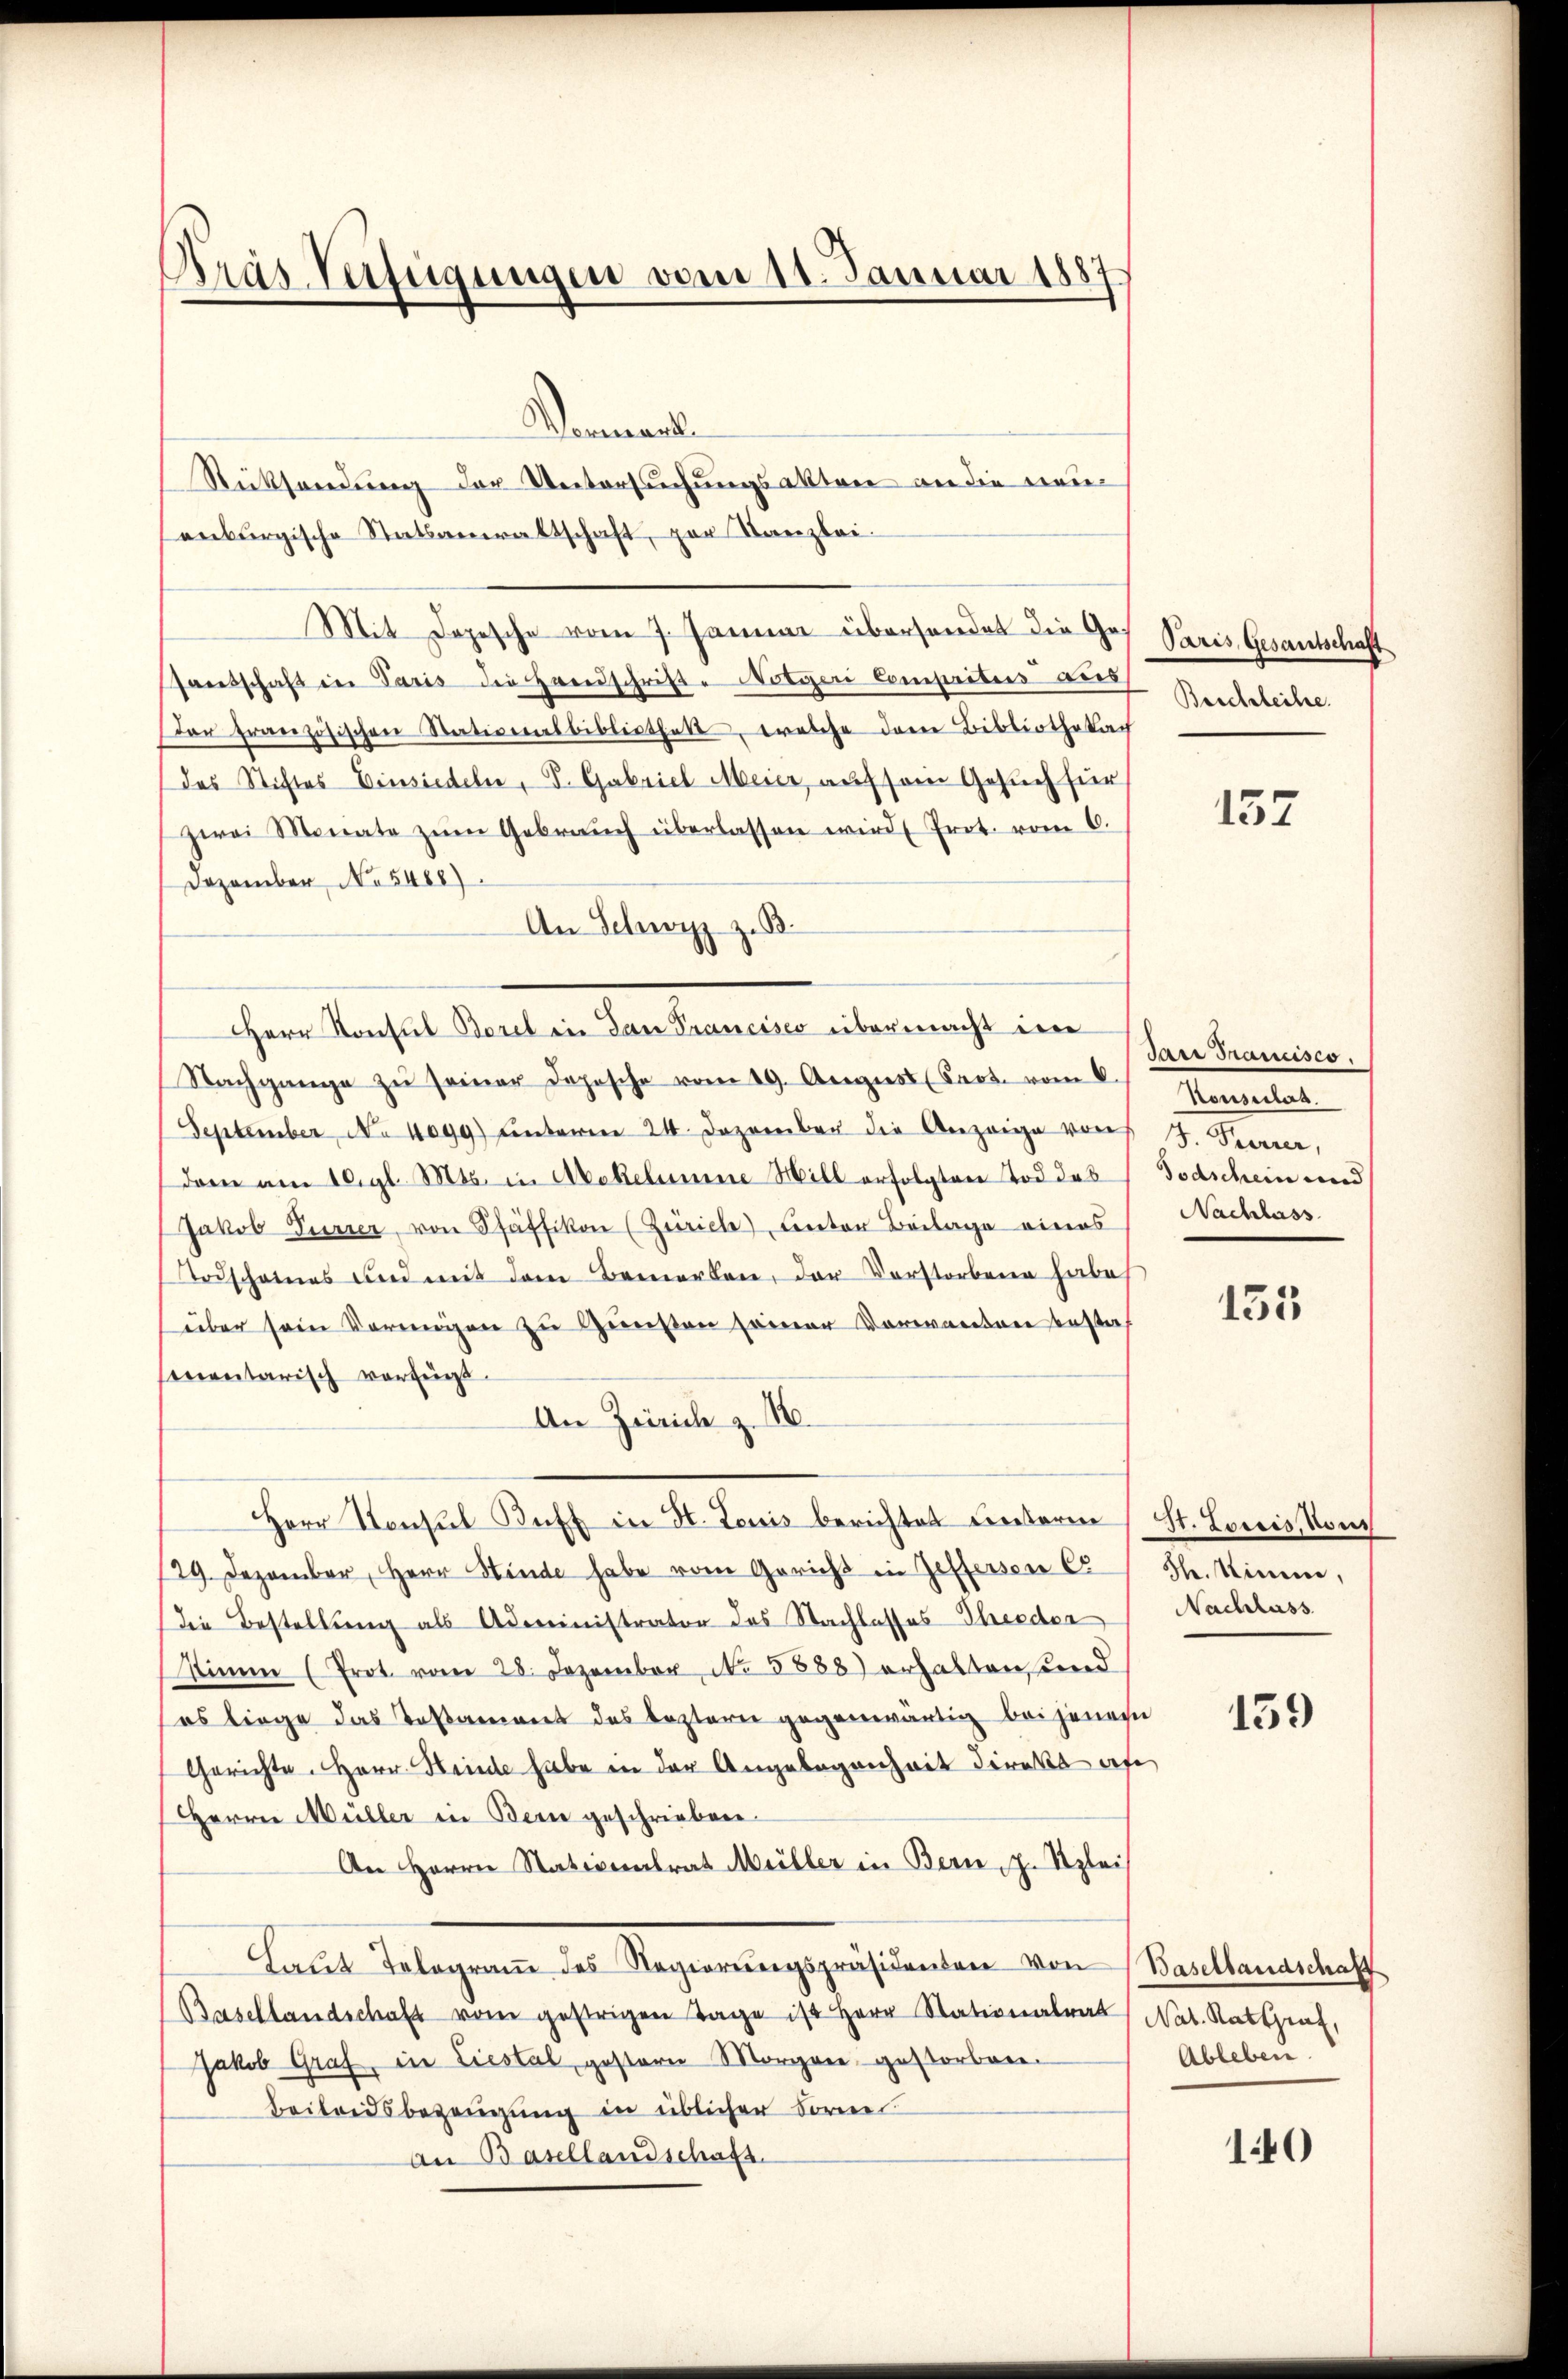
Bräs Verfügungen vom 11. Januar 1887

Wemande
Rücksendung der Untersschungsakten an die neuenburgische Statsanwaltschaft, per Stanzlei.
Mit dopesche vom 7. Januar überhandet die Joh. Paris Gesantschaft
Peetschaft in Paris die Handschrifte Notizen Compribus aus
ar französischen Stationsbibliothek, welche dem Bibliothekach
(das Stiftes Einsiedeln, S. Gabriel Meier, auf sein Gesuch für
zwei Monate zŭm Gebraŭch überlassen wird. Prot. vom 6.
Dezember No 5468).
An Schwyz z. B.
Nachgange zŭ seiner Dopische vom 19. August (Prot. vom 8.
September, No 1099) ŭnterm 24. Dezember die Anzeige von
dam am 10 gl. Mts. in Abekelumine Mill erfolgten Tod das
Jakob Furrer, von Pfäffikon (Zürich Anton Beilage eines
Todscheines und mit dem Bemerken, der Vorstorbene habe
über sein Vermögen zu Gunsten seiner Vorwartere bestat
entarisch verfügt.
An Zürich z. B.
Herr Konsul Buff in H. Louis berichtet Freiteren
29. Dezember, Herr Hinde habe vom Gericht in Zifferson Co
Die Bestellung als Administrator des Nachlasses Theeder
sinne (Prot. vom 28. Dezember No 8888) erhalten und
es liege das Testament des leztern gegenwärtig bei jenen
Gerichte. Herr Heide habe in der Angelegenheit direkt auf
Herrn Müller in Bern geschrieben.
An Herrn Stativentrat Müller in Bern, z. Szlei
Laŭt Telegraṁ des Regierŭngspräsidenten von
Basellandschaft vom gestrigen Tage ist Herr Stationalrat Nat. Ratsrat,
Jakob Graf, in Liestal, gestern Morgen, gestorben.
Beibridsbezeugung in üblicher Forne
An Basellandschaft

Herr Konsul Borel in dan Prancisco übermacht im

Beschleihe.

157

San Francisco.
Konseiles.
7. Parrer,
Todschein und
Nachlass

135

St. Loisis, Vous
Hr. Sinne,
Nachlass

159

Basellandschaft
Ableben.

140